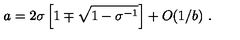
{ { a } } = 2 \sigma \left[ 1 \mp \sqrt { 1 - \sigma ^ { - 1 } } \right] + O ( 1 / { { b } } ) \ .